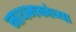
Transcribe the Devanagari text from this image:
नाथभक्तांच्या